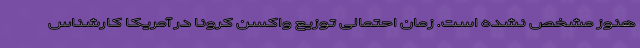
هنوز مشخص نشده است. زمان احتمالیِ توزیع واکسن کرونا در آمریکا کارشناس